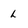
Character: l